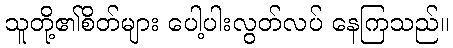
သူတို့၏စိတ်များ ပေါ့ပါးလွတ်လပ် နေကြသည်။